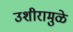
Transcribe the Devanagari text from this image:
उशीरामुळे